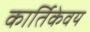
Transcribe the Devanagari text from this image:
कार्तिकेवय